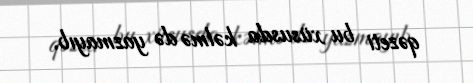
qəzeti bu xüsusda kəlmə də yazmayıb.